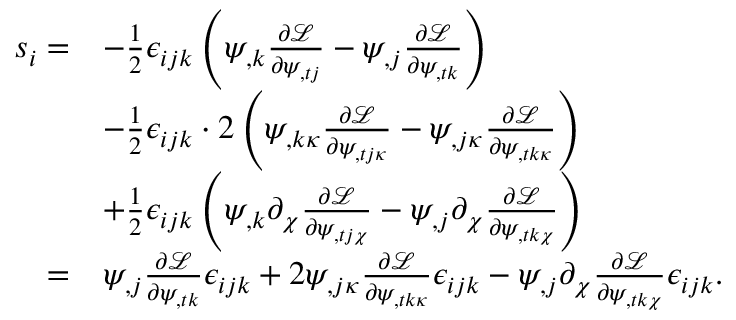
\begin{array} { r l } { s _ { i } = } & { - \frac 1 2 \epsilon _ { i j k } \left( \psi _ { , k } \frac { \partial \mathcal { L } } { \partial \psi _ { , t j } } - \psi _ { , j } \frac { \partial \mathcal { L } } { \partial \psi _ { , t k } } \right) } \\ & { - \frac 1 2 \epsilon _ { i j k } \cdot 2 \left( \psi _ { , k \kappa } \frac { \partial \mathcal { L } } { \partial \psi _ { , t j \kappa } } - \psi _ { , j \kappa } \frac { \partial \mathcal { L } } { \partial \psi _ { , t k \kappa } } \right) } \\ & { + \frac 1 2 \epsilon _ { i j k } \left( \psi _ { , k } \partial _ { \chi } \frac { \partial \mathcal { L } } { \partial \psi _ { , t j \chi } } - \psi _ { , j } \partial _ { \chi } \frac { \partial \mathcal { L } } { \partial \psi _ { , t k \chi } } \right) } \\ { = } & { \psi _ { , j } \frac { \partial \mathcal { L } } { \partial \psi _ { , t k } } \epsilon _ { i j k } + 2 \psi _ { , j \kappa } \frac { \partial \mathcal { L } } { \partial \psi _ { , t k \kappa } } \epsilon _ { i j k } - \psi _ { , j } \partial _ { \chi } \frac { \partial \mathcal { L } } { \partial \psi _ { , t k \chi } } \epsilon _ { i j k } . } \end{array}